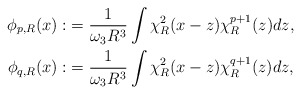
\begin{align*} \phi_{p,R}(x):&= \frac{1}{\omega_3 R^3} \int \chi^2_R(x-z) \chi^{p+1}_R(z) dz, \\\phi_{q,R}(x):&= \frac{1}{\omega_3 R^3} \int \chi^2_R(x-z) \chi^{q+1}_R(z) dz,\end{align*}